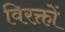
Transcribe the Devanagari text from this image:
विरक्तों